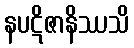
နပဋိဇာနိဿသိ